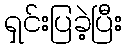
ရှင်းပြခဲ့ပြီး